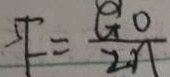
F - = \frac { G o } { 2 n }